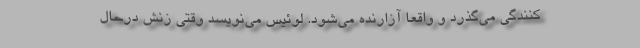
کنندگی می‌گذرد و واقعاً آزارنده می‌شود. لوئیس می‌نویسد وقتی زنش درحال